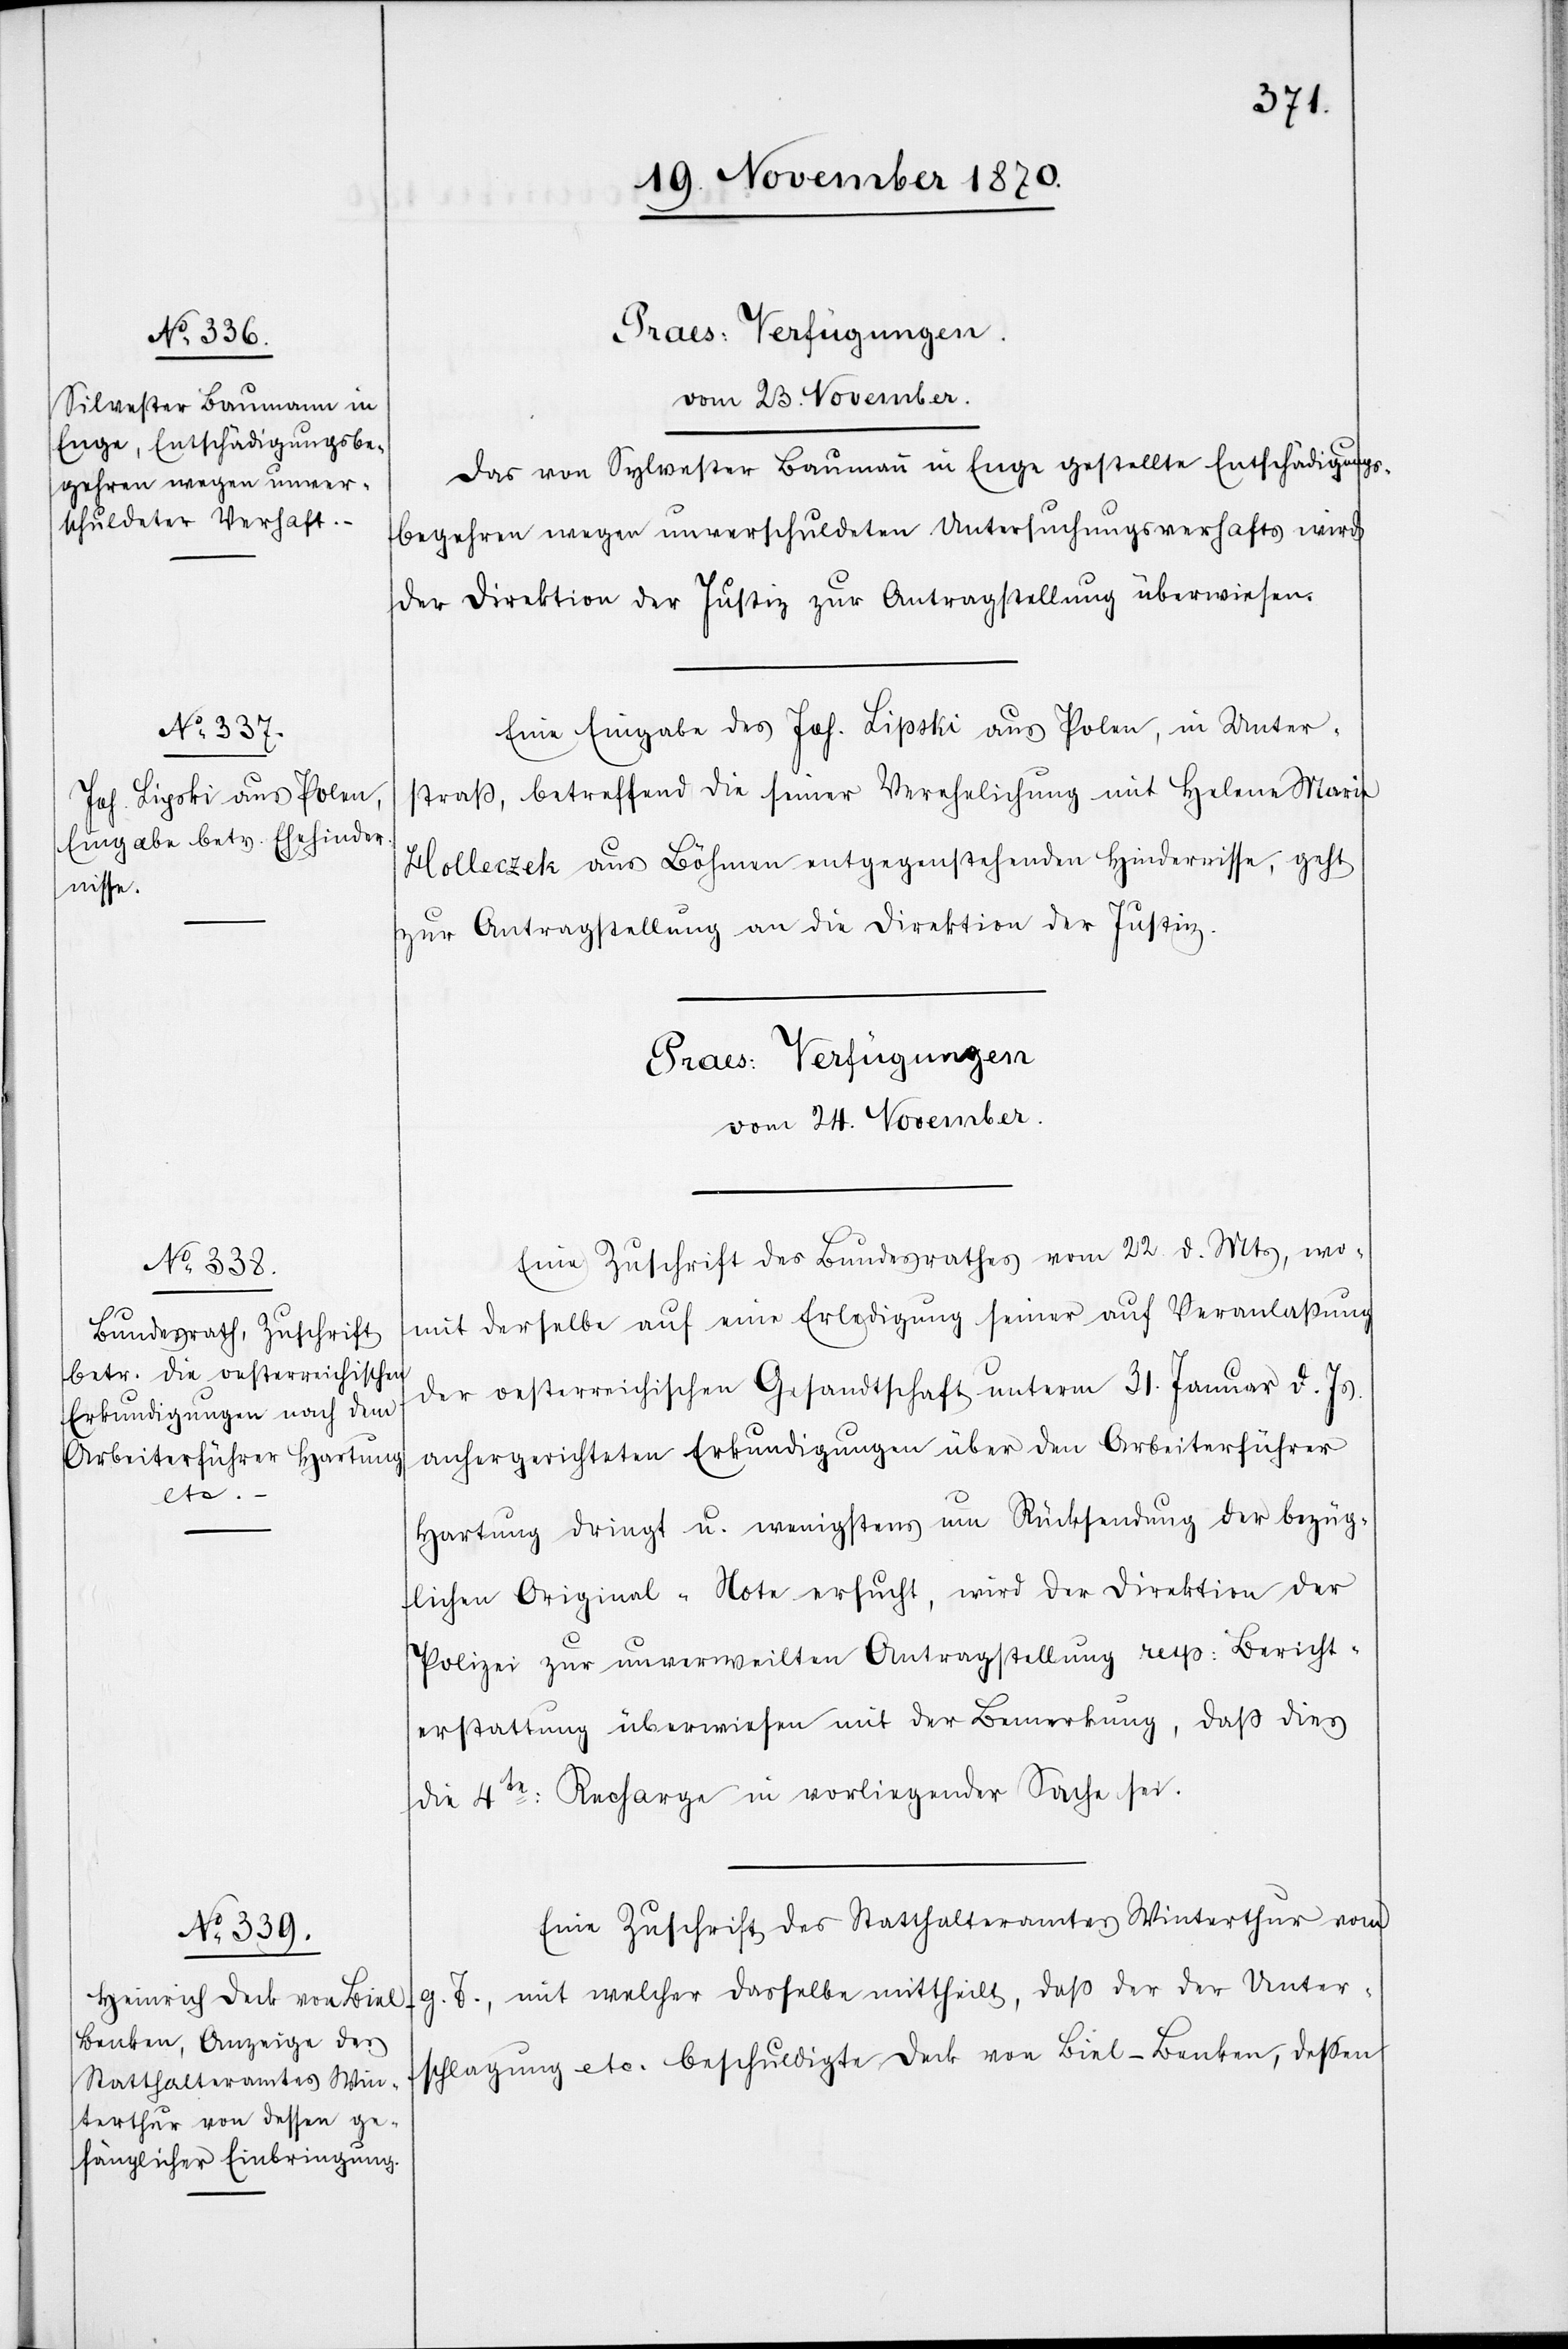
[Praes-Verfügungen
Vom 24. November.]
Das von Sylvester [sic!] Baumann in Enge gestellte Entschädigungs¬
begehren wegen unverschuldeten Untersuchungsverhafts wird
der Direktion der Justiz zur Antragstellung überwiesen.
Eine Eingabe des Joh. Lipski aus Polen, in Unter¬
straß, betreffend die seiner Verehlichung mit Helene Maria
Holleczek aus Böhmen entgegenstehenden Hindernisse, geht
zur Antragstellung an die Direktion der Justiz.
Praes-Verfügungen
Vom 24. November.
Eine Zuschrift des Bundesrathes vom 22. d. Mts, wo¬
mit derselbe auf eine Erledigung seiner auf Veranlaßung
der oesterreichischen Gesandtschaft unterm 31. Januar d. Js.
anhergerichteten Erkundigungen über den Arbeiterführer
Hartung dringt u. wenigstens um Rücksendung der bezüg¬
lichen Original-Note ersucht, wird der Direktion der
Polizei zur unverweilten Antragstellung resp: Bericht¬
erstattung überwiesen mit der Bemerkung, daß dies
die 4te: Recharge in vorliegender Sache sei.
Eine Zuschrift des Statthalteramtes Winterthur vom
g. T., mit welcher dasselbe mittheilt, daß der der Unter¬
schlagung etc. beschuldigte Deck von Biel-Benken, deßen